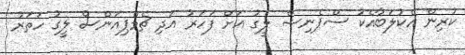
ކުރިން އެކުލަބާއެކު ސްޕެނިޝް ލީގު އަށް ފަހަރު އަދި ޗެމްޕިއަންސް ލީގު ހަތަރު